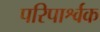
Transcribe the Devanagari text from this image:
परिपार्श्वक